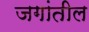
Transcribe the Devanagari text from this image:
जगांतील